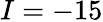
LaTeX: I=-15